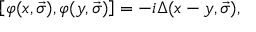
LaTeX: \left[ \varphi ( x , \vec { \sigma } ) , \varphi ( y , \vec { \sigma } ) \right] = - i \Delta ( x - y , \vec { \sigma } ) ,